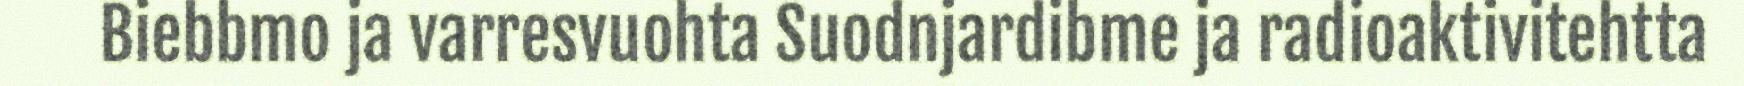
Biebbmo ja varresvuohta Suodnjardibme ja radioaktivitehtta